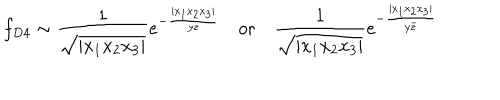
f _ { D 4 } \sim \frac { 1 } { \sqrt { | x _ { 1 } x _ { 2 } x _ { 3 } | } } e ^ { - \frac { | x _ { 1 } x _ { 2 } x _ { 3 } | } { y z } } \quad \mathrm { o r } \quad \frac { 1 } { \sqrt { | x _ { 1 } x _ { 2 } x _ { 3 } | } } e ^ { - \frac { | x _ { 1 } x _ { 2 } x _ { 3 } | } { y \bar { z } } }